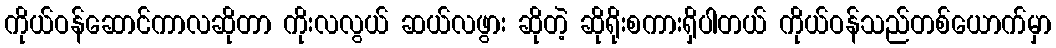
ကိုယ်ဝန်ဆောင်ကာလဆိုတာ ကိုးလလွယ် ဆယ်လဖွား ဆိုတဲ့ ဆိုရိုးစကားရှိပါတယ် ကိုယ်ဝန်သည်တစ်ယောက်မှာ